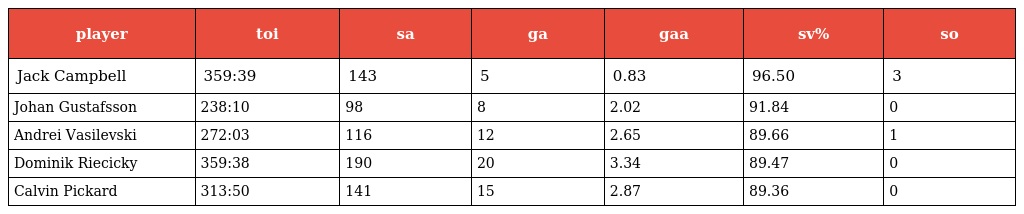
| player | toi | sa | ga | gaa | sv% | so |
 | --- | --- | --- | --- | --- | --- | --- |
 | Jack Campbell | 359:39 | 143 | 5 | 0.83 | 96.50 | 3 |
 | Johan Gustafsson | 238:10 | 98 | 8 | 2.02 | 91.84 | 0 |
 | Andrei Vasilevski | 272:03 | 116 | 12 | 2.65 | 89.66 | 1 |
 | Dominik Riecicky | 359:38 | 190 | 20 | 3.34 | 89.47 | 0 |
 | Calvin Pickard | 313:50 | 141 | 15 | 2.87 | 89.36 | 0 |